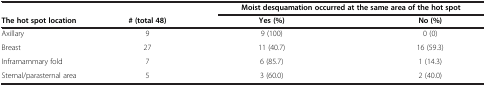
<table><thead><tr><td><b> </b></td><td><b> </b></td><td colspan="2"><b>Moist desquamation occurred at the same area of the hot spot</b></td></tr><tr><td><b>The hot spot location</b></td><td><b># (total 48)</b></td><td><b>Yes (%)</b></td><td><b>No (%)</b></td></tr></thead><tbody><tr><td>Axillary</td><td>9</td><td>9 (100)</td><td>0 (0)</td></tr><tr><td>Breast</td><td>27</td><td>11 (40.7)</td><td>16 (59.3)</td></tr><tr><td>Inframammary fold</td><td>7</td><td>6 (85.7)</td><td>1 (14.3)</td></tr><tr><td>Sternal/parasternal area</td><td>5</td><td>3 (60.0)</td><td>2 (40.0)</td></tr></tbody></table>